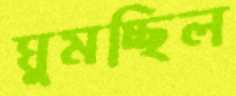
ঘুমচ্ছিল